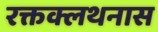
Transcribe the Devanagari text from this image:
रक्तक्लथनास